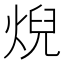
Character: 𤊓